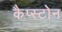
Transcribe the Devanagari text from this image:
कैप्स्टोन